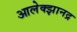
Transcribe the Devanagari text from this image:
आलेक्झानद्र